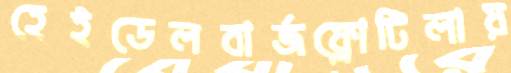
হেইডেলবার্জফ্লোটিলায়